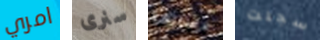
امري سنرى عساها سجلت